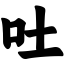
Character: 吐